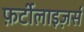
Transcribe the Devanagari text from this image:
फ़र्टीलाइज़र्स